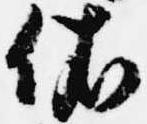
依